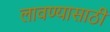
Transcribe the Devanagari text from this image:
लावण्‍यासाठी